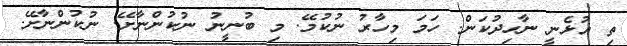
ތި އުޅެނީ ނާހިދުކަން. ހަމަ މިހާރު ނުކުމޭ. މި ބުނީނު ނުކުންނާށޭ. ނުކުންނާށޭ.